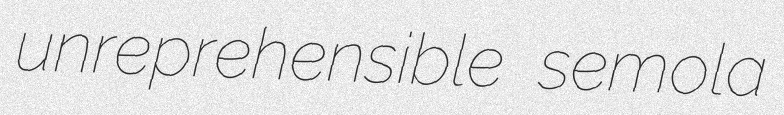
unreprehensible semola